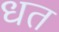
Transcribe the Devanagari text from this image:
धत